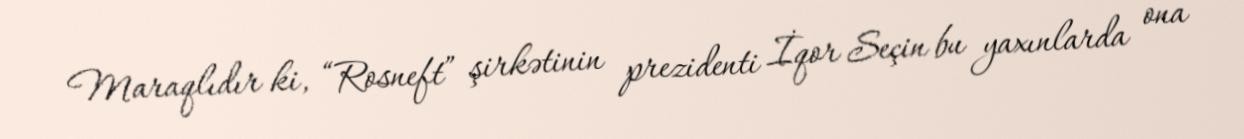
Maraqlıdır ki, “Rosneft” şirkətinin prezidenti İqor Seçin bu yaxınlarda ona